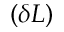
( \delta L )